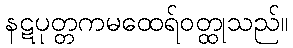
နဋပုတ္တကမထေရ်ဝတ္ထုသည်။